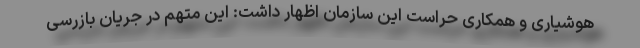
هوشیاری و همکاری حراست این سازمان اظهار داشت: این متهم در جریان بازرسی